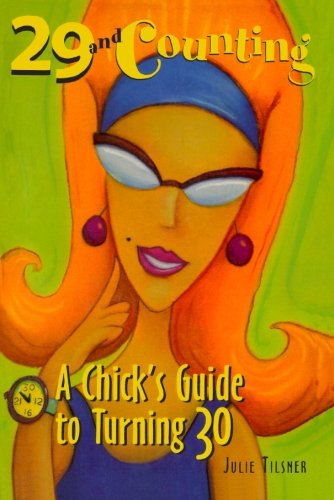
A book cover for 29 and Counting : A Chick's Guide to Turning 30; Julie Tilsner; Self-Help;